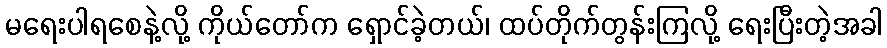
မရေးပါရစေနဲ့လို့ ကိုယ်တော်က ရှောင်ခဲ့တယ်၊ ထပ်တိုက်တွန်းကြလို့ ရေးပြီးတဲ့အခါ